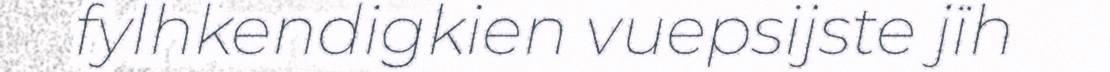
fylhkendigkien vuepsijste jïh